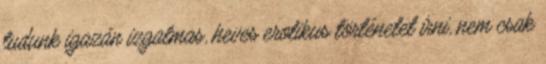
tudunk igazán izgalmas, heves erotikus történetet írni, nem csak